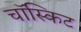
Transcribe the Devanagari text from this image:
चॉस्किट